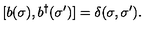
[ b ( \sigma ) , b ^ { \dag } ( \sigma ^ { \prime } ) ] = \delta ( \sigma , \sigma ^ { \prime } ) .